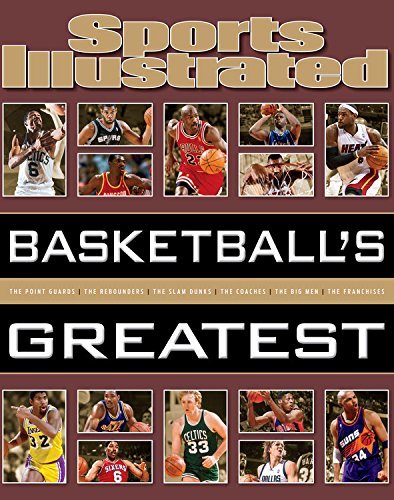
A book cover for Sports Illustrated Basketball's Greatest; Editors of Sports Illustrated; Arts & Photography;